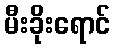
မီးခိုးရောင်